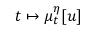
t \mapsto \mu _ { t } ^ { \eta } [ u ]